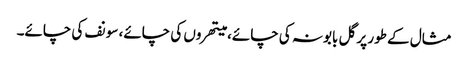
مثال کے طور پر گل بابونہ کی چائے، میتھروں کی چائے، سونف کی چائے۔